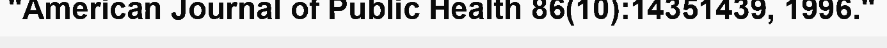
"American Journal of Public Health 86(10):14351439, 1996."